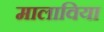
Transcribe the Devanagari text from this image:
मालाविया